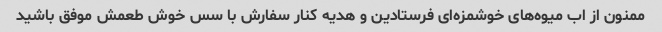
ممنون از اب میوه‌های خوشمزه‌ای فرستادین و هدیه کنار سفارش با سس خوش طعمش موفق باشید